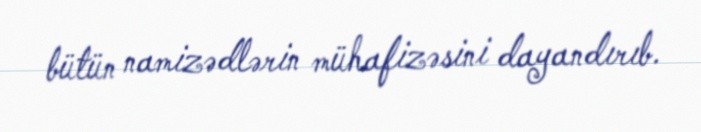
bütün namizədlərin mühafizəsini dayandırıb.